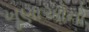
ખૂણાઓનો